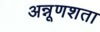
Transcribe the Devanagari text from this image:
अन्नूणशता